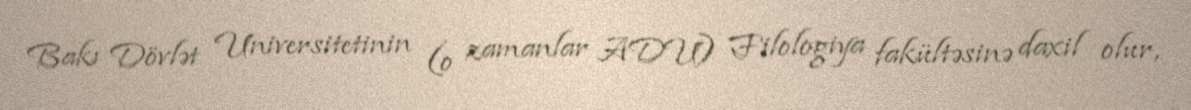
Bakı Dövlət Universitetinin (o zamanlar ADU) Filologiya fakültəsinə daxil olur,